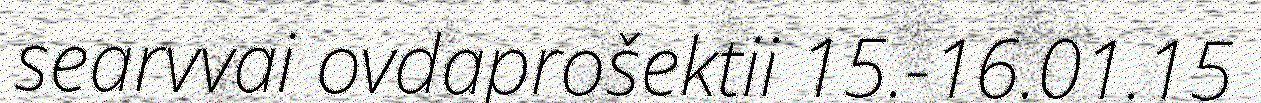
searvvai ovdaprošektii 15.-16.01.15